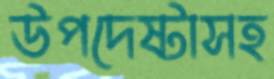
উপদেষ্টাসহ